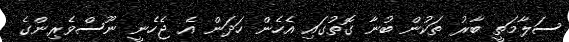
ސަލާމަތީ ބާރު ތަކުން ބުނާ ގޮތުގައި އެހެން ހަދަން އެ ޖެހެނީ ނޫސްވެރިންގެ